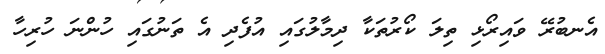
އެނބުރޭ ވައިރޯޅި ތިލަ ކޯރުތަކާ ދިމާލުގައި އުފެދި އެ ތަނުގައި ހުންނަ ހުރިހާ